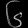
Digit: ၆